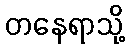
တနေရာသို့